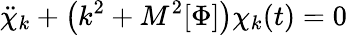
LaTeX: {\ddot{\chi}}_{k}+\left({k^{2}}+M^{2}[\Phi]\right)\chi_{k}(t)=0